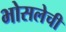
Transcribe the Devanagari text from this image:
भोसलेची